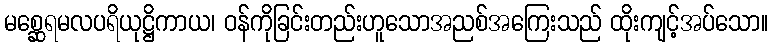
မစ္ဆေရမလပရိယုဋ္ဌိကာယ၊ ဝန်ကိုခြင်းတည်းဟူသောအညစ်အကြေးသည် ထိုးကျင့်အပ်သော။